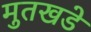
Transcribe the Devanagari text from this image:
मुतखडे